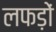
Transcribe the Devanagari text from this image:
लफड़ों